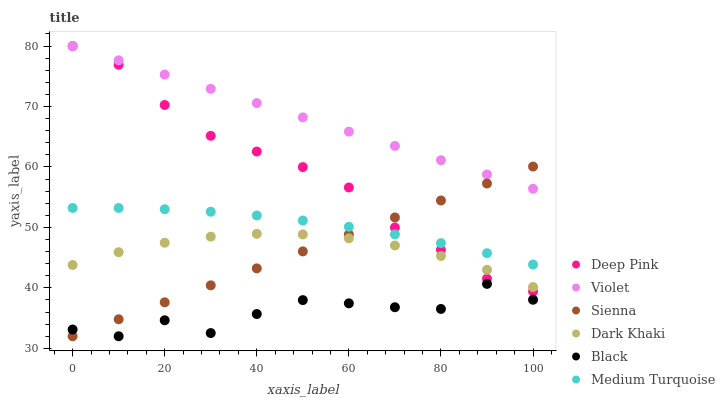
| xaxis_label | Deep Pink | Violet | Sienna | Dark Khaki | Black | Medium Turquoise |
 | --- | --- | --- | --- | --- | --- | --- |
 | 0 | 80 | 80 | 32 | 43.8 | 33.1 | 53.2 |
 | 10 | 76.9 | 77.6 | 34.8 | 45.9 | 32 | 53.2 |
 | 20 | 70.2 | 75.3 | 37.6 | 47.5 | 34.6 | 53 |
 | 30 | 65.1 | 72.9 | 40.4 | 48.5 | 32.5 | 52.6 |
 | 40 | 62.5 | 70.6 | 43.2 | 48.9 | 35.7 | 52 |
 | 50 | 60 | 68.2 | 46 | 48.8 | 38 | 51.1 |
 | 60 | 56.6 | 65.8 | 48.8 | 48.2 | 37.4 | 50.1 |
 | 70 | 50 | 63.5 | 51.6 | 47 | 36.8 | 48.9 |
 | 80 | 46.3 | 61.1 | 54.5 | 45.3 | 36.5 | 47.4 |
 | 90 | 41.5 | 58.8 | 57.3 | 43 | 40.7 | 45.7 |
 | 100 | 39.4 | 56.4 | 60.1 | 40.1 | 38 | 43.9 |